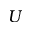
U